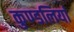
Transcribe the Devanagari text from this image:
कुण्‍डलियां